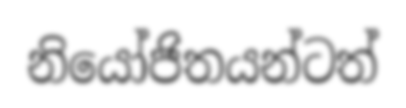
නියෝජිතයන්ටත්